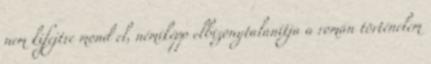
nem kifejtve mond el, némiképp elbizonytalanítja a román történelem